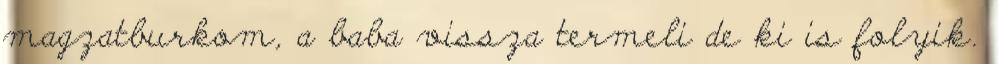
magzatburkom, a baba vissza termeli de ki is folyik.